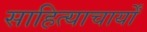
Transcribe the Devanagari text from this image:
साहित्याचार्यों